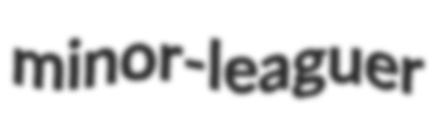
minor-leaguer